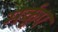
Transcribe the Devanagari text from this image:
मर्कुए